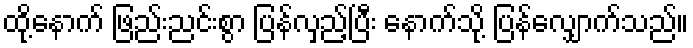
ထို့နောက် ဖြည်းညင်းစွာ ပြန်လှည့်ပြီး နောက်သို့ ပြန်လျှောက်သည်။